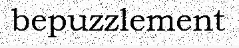
bepuzzlement